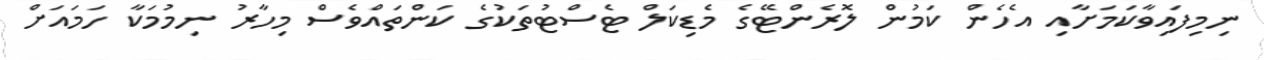
ނިމިފައިވާކަމަށާއި އެހެން ކަމުން ލޮރެންޓޭގެ މެޑިކަލް ޓެސްޓުތަކުގެ ކަންތައްވެސް މިހާރު ނިމުމަކާ ހަމައަށް